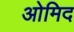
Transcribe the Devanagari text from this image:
ओमिद